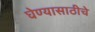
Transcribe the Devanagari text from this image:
घेण्यासाठीचे